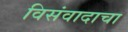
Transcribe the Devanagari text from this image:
विसंवादाचा